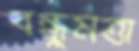
বন্ধুমত্তা